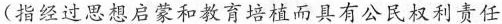
(指经过思想启蒙和教育培植而具有公民权利责任